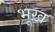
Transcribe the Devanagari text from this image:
भूख़